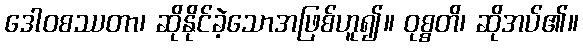
ဒေါဝစဿတာ၊ ဆိုနိုင်ခဲ့သောအဖြစ်ဟူ၍။ ဝုစ္စတိ၊ ဆိုအပ်၏။